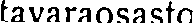
tavaraosasto